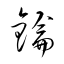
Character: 鑰